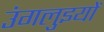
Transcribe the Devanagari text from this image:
उंगलुइयों